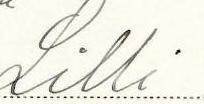
Lilli